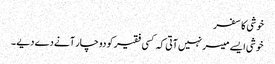
خوشی کا سفر
خوشی ایسے میسر نہیں آتی کہ کسی فقیر کو دو چار آنے دے دیے ۔